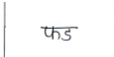
मजकूर: फड